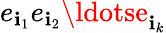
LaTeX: e_{\mathbf{i}_{1}}e_{\mathbf{i}_{2}}\ldotse_{\mathbf{i}_{k}}